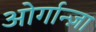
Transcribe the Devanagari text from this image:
ओर्गान्ज़ा